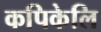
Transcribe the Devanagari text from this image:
कपिकेलि